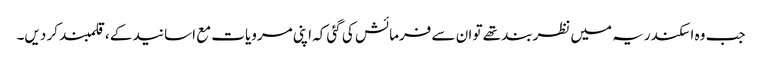
جب وہ اسکندریہ میں نظربند تھے تو ان سے فرمائش کی گئی کہ اپنی مرویات مع اسانید کے ، قلمبند کر دیں۔